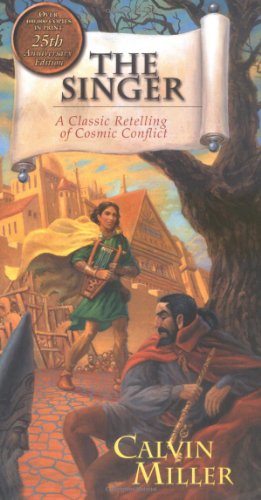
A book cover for The Singer: A Classic Retelling of Cosmic Conflict (Singer Trilogy the Singer Trilogy); Calvin Miller; Christian Books & Bibles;